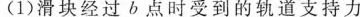
(1)滑块经过b点时受到的轨道支持力